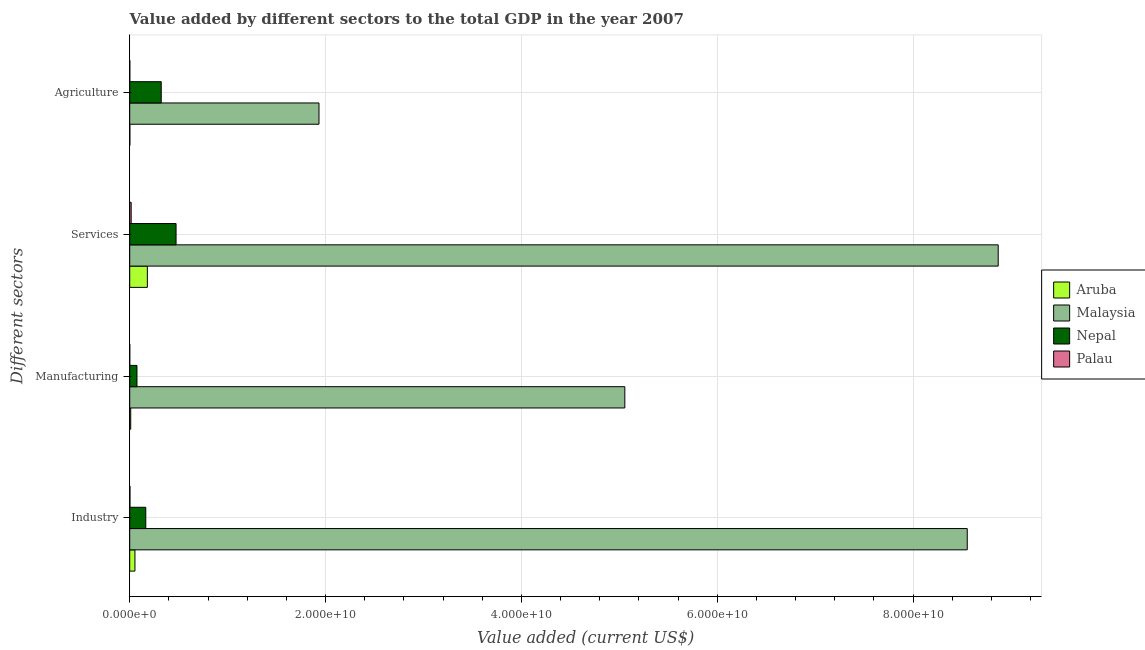
| Different sectors | Aruba | Malaysia | Nepal | Palau |
 | --- | --- | --- | --- | --- |
 | Industry | 5.32e+08 | 8.55e+10 | 1.64e+09 | 2.17e+07 |
 | Manufacturing | 1.01e+08 | 5.06e+10 | 7.4e+08 | 1.51e+06 |
 | Services | 1.8e+09 | 8.87e+10 | 4.73e+09 | 1.47e+08 |
 | Agriculture | 1.05e+07 | 1.93e+10 | 3.22e+09 | 7.87e+06 |